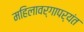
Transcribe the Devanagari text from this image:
महिलावर्गापर्यंत